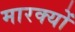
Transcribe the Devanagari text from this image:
मारक्यों